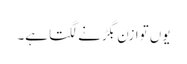
یوں توازن بگڑنے لگتا ہے۔